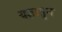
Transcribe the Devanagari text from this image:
यज्ञातुन